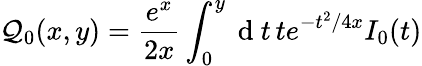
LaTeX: \mathcal{Q}_{0}(x,y)=\frac{{e^{x}}}{{2x}}\int_{0}^{y}\mathrm{{~d~}}t\, te^{-t^{2}/4x}I_{0}(t)